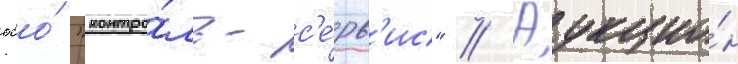
ооо́ "контро́ль-с'е́рв'ис" // Аукцио́н